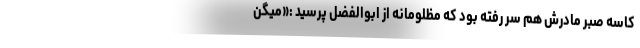
کاسه صبر مادرش هم سر رفته بود که مظلومانه از ابوالفضل پرسید :«میگن